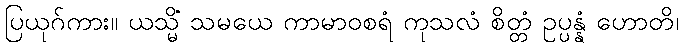
ပြယုဂ်ကား။ ယသ္မိံ သမယေ ကာမာဝစရံ ကုသလံ စိတ္တံ ဥပ္ပန္နံ ဟောတိ၊